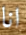
انا